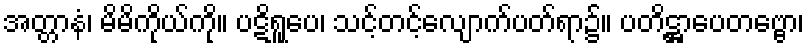
အတ္တာနံ၊ မိမိကိုယ်ကို။ ပဋိရူပေ၊ သင့်တင့်လျောက်ပတ်ရာ၌။ ပတိဋ္ဌာပေတဗ္ဗော၊